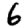
Digit: 6